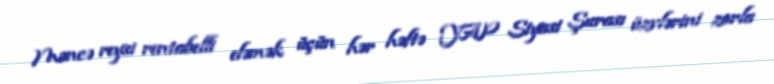
Məncə reysi rentabelli eləmək üçün hər həftə YAP Siyasi Şurası üzvlərini zorla